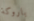
باروكة